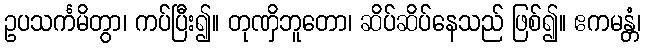
ဥပသင်္ကမိတွာ၊ ကပ်ပြီး၍။ တုဏှိဘူတော၊ ဆိပ်ဆိပ်နေသည် ဖြစ်၍။ ဧကမန္တံ၊